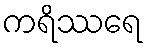
ကရိဿရေ